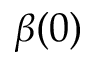
\beta ( 0 )